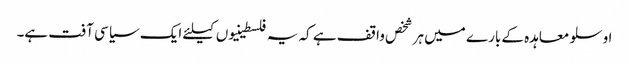
اوسلو معاہدہ کے بارے میں ہر شخص واقف ہے کہ یہ فلسطینیوں کیلئے ایک سیاسی آفت ہے۔